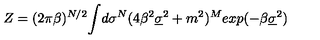
Z = ( 2 \pi \beta ) ^ { N / 2 } { \LARGE \int } d \sigma ^ { N } ( 4 \beta ^ { 2 } \underline { { \sigma } } ^ { 2 } + m ^ { 2 } ) ^ { M } e x p ( - \beta \underline { { \sigma } } ^ { 2 } )